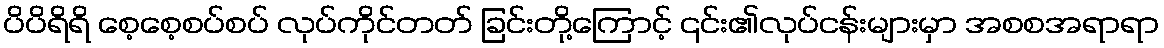
ပိပိရိရိ စေ့စေ့စပ်စပ် လုပ်ကိုင်တတ် ခြင်းတို့ကြောင့် ၎င်း၏လုပ်ငန်းများမှာ အစစအရာရာ